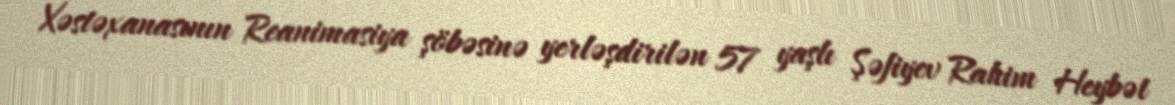
Xəstəxanasının Reanimasiya şöbəsinə yerləşdirilən 57 yaşlı Şəfiyev Rahim Heybət